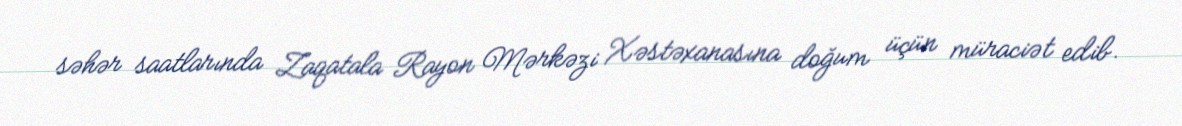
səhər saatlarında Zaqatala Rayon Mərkəzi Xəstəxanasına doğum üçün müraciət edib.